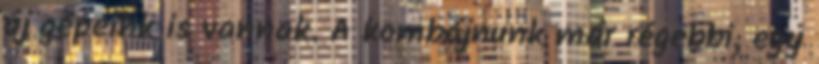
új gépeink is vannak. A kombájnunk már régebbi, egy